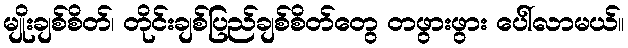
မျိုးချစ်စိတ်၊ တိုင်းချစ်ပြည်ချစ်စိတ်တွေ တဖွားဖွား ပေါ်လာမယ်။